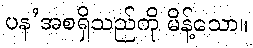
ပန’အစရှိသည်ကို မိန့်သော။